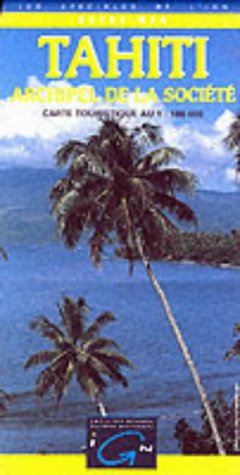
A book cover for Tahiti Bora Bora Society Islands (Outre-Mer) (English and French Edition); Institut Geographique National; Travel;